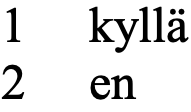
1  kyllä 2  en